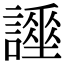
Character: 𧬡